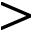
>